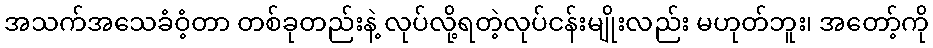
အသက်အသေခံဝံ့တာ တစ်ခုတည်းနဲ့ လုပ်လို့ရတဲ့လုပ်ငန်းမျိုးလည်း မဟုတ်ဘူး၊ အတော့်ကို